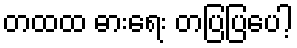
တထထ ဓားရေး တပြပြပေါ့